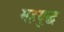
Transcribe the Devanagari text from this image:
महयुद्ध